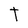
Character: T